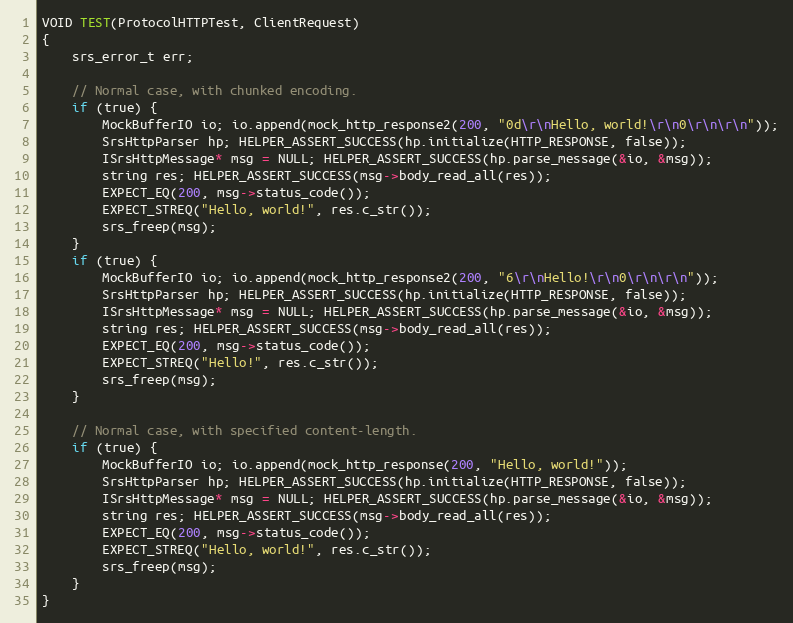
Language: C++
VOID TEST(ProtocolHTTPTest, ClientRequest)
{
    srs_error_t err;

    // Normal case, with chunked encoding.
    if (true) {
        MockBufferIO io; io.append(mock_http_response2(200, "0d\r\nHello, world!\r\n0\r\n\r\n"));
        SrsHttpParser hp; HELPER_ASSERT_SUCCESS(hp.initialize(HTTP_RESPONSE, false));
        ISrsHttpMessage* msg = NULL; HELPER_ASSERT_SUCCESS(hp.parse_message(&io, &msg));
        string res; HELPER_ASSERT_SUCCESS(msg->body_read_all(res));
        EXPECT_EQ(200, msg->status_code());
        EXPECT_STREQ("Hello, world!", res.c_str());
        srs_freep(msg);
    }
    if (true) {
        MockBufferIO io; io.append(mock_http_response2(200, "6\r\nHello!\r\n0\r\n\r\n"));
        SrsHttpParser hp; HELPER_ASSERT_SUCCESS(hp.initialize(HTTP_RESPONSE, false));
        ISrsHttpMessage* msg = NULL; HELPER_ASSERT_SUCCESS(hp.parse_message(&io, &msg));
        string res; HELPER_ASSERT_SUCCESS(msg->body_read_all(res));
        EXPECT_EQ(200, msg->status_code());
        EXPECT_STREQ("Hello!", res.c_str());
        srs_freep(msg);
    }

    // Normal case, with specified content-length.
    if (true) {
        MockBufferIO io; io.append(mock_http_response(200, "Hello, world!"));
        SrsHttpParser hp; HELPER_ASSERT_SUCCESS(hp.initialize(HTTP_RESPONSE, false));
        ISrsHttpMessage* msg = NULL; HELPER_ASSERT_SUCCESS(hp.parse_message(&io, &msg));
        string res; HELPER_ASSERT_SUCCESS(msg->body_read_all(res));
        EXPECT_EQ(200, msg->status_code());
        EXPECT_STREQ("Hello, world!", res.c_str());
        srs_freep(msg);
    }
}